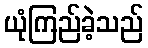
ယုံကြည်ခဲ့သည်